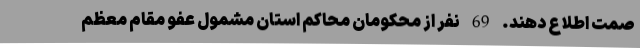
صمت اطلاع دهند. 69 نفر از محکومان محاکم استان مشمول عفو مقام معظم